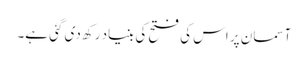
آسمان پر اس کی فتح کی بنیاد رکھ دی گئی ہے۔